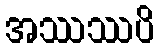
အဿဿပိ